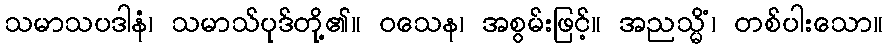
သမာသပဒါနံ၊ သမာသ်ပုဒ်တို့၏။ ဝသေန၊ အစွမ်းဖြင့်။ အညသ္မိံ၊ တစ်ပါးသော။